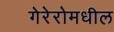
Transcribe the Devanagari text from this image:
गेरेरोमधील